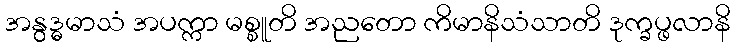
အနွဒ္ဓမာသံ အပက္ကာ မစ္စူတိ အညတော ကိမာနိသံသာတိ ဒုက္ခပ္ဖလာနိ